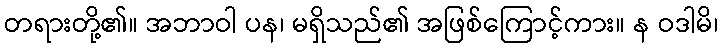
တရားတို့၏။ အဘာဝါ ပန၊ မရှိသည်၏ အဖြစ်ကြောင့်ကား။ န ဝဒါမိ၊